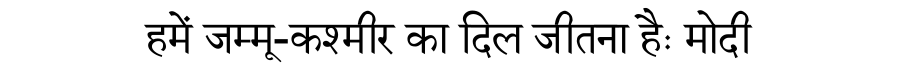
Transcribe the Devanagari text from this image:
हमें जम्मू-कश्मीर का दिल जीतना हैः मोदी